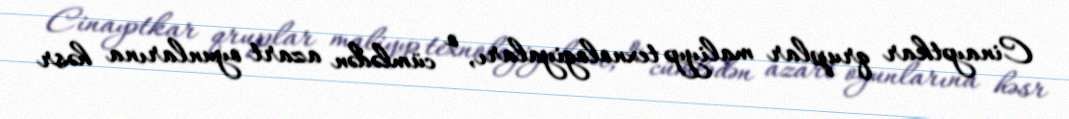
Cinayətkar qruplar maliyyə texnologiyaları, o cümlədən azart oyunlarına həsr